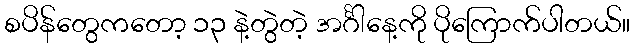
စပိန်တွေကတော့ ၁၃ နဲ့တွဲတဲ့ အင်္ဂါနေ့ကို ပိုကြောက်ပါတယ်။